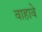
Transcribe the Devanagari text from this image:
वाहावे